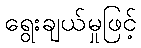
ရွေးချယ်မှုဖြင့်